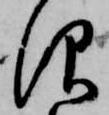
仰